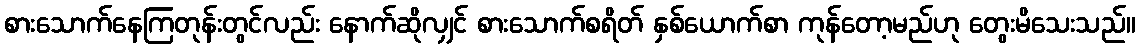
စားသောက်နေကြတုန်းတွင်လည်း နောက်ဆိုလျှင် စားသောက်စရိတ် နှစ်ယောက်စာ ကုန်တော့မည်ဟု တွေးမိသေးသည်။